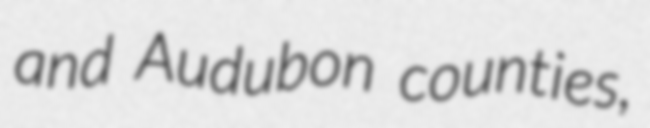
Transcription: and Audubon counties,